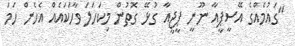
"ގައުމެއްގެ އޭސީޕީއާ ނޫނީ ޕީޖީއާ ގުޅޭ ގޮތުން މިކަހަލަ ވާހަކައެއް އެހެން ހަމަ